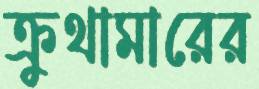
ক্রুথামারের